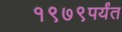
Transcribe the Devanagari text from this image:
१९७९पर्यंत